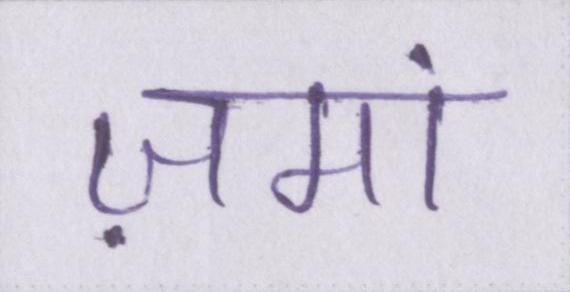
ज़मां